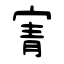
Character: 寈